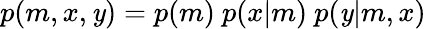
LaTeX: p(m,x,\mathit{y})=p(m)~p(x|m)~p(\mathit{y}|m,x)